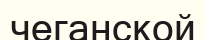
чеганской